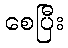
စေပြီး